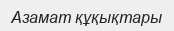
Азамат құқықтары